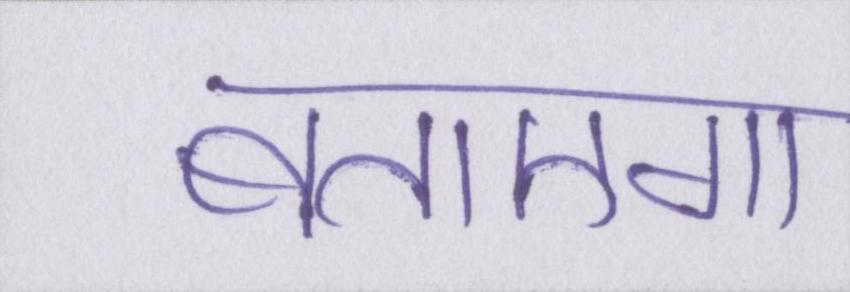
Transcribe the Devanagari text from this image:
बताएगा